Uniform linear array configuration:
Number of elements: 12
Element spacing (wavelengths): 0.75
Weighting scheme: hann
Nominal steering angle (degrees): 60
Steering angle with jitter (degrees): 59.077
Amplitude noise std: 0.05
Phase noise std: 0.05

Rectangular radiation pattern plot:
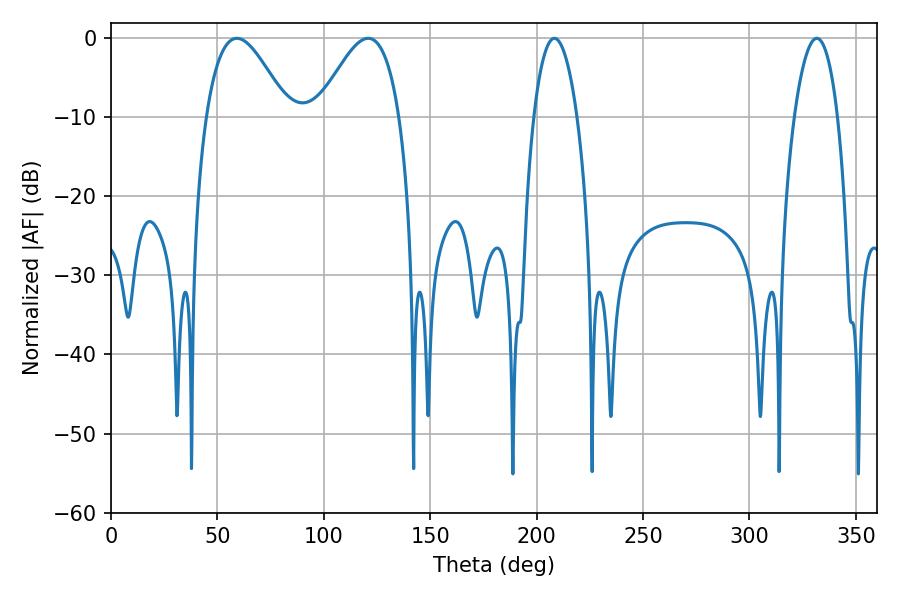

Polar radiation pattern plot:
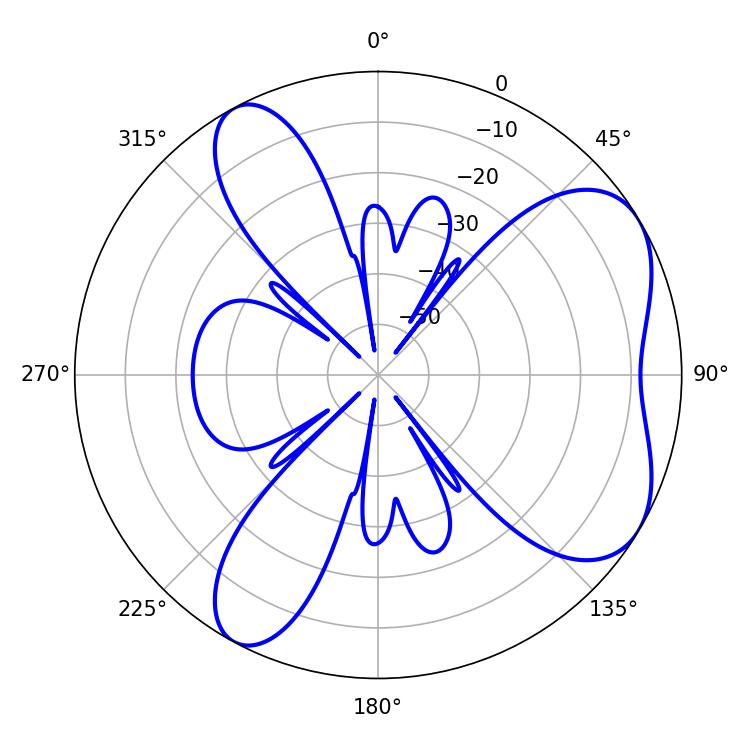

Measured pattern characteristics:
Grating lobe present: TRUE
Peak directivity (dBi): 5.923
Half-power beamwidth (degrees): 20.7
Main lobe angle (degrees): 59.22